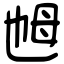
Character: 乸